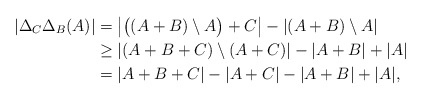
\begin{align*}\left|\Delta_C\Delta_B(A)\right|&=\left|\big((A+B)\setminus A\big)+C\right|- \left|(A+B)\setminus A\right| \\&\geq \left|(A+B+C)\setminus (A+C)\right|- \left|A+B\right|+\left|A \right|\\&= |A+B+C|- |A+C|- |A+B|+ |A|,\end{align*}